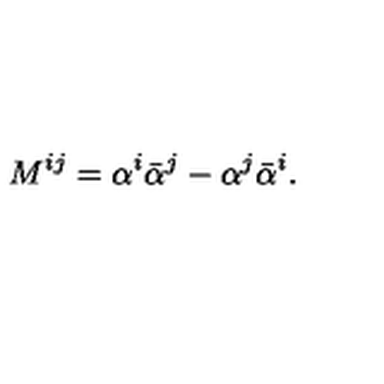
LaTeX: M ^ { i j } = \alpha ^ { i } \bar { \alpha } ^ { j } - \alpha ^ { j } \bar { \alpha } ^ { i } .